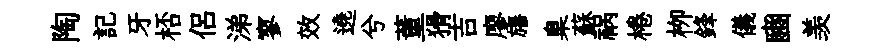
陶記牙桮侣涕寥效遶兮董猾吉廖旛臬蘇祸棬栁鋒儀豳羡